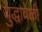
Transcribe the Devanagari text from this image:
युद्धावेळी